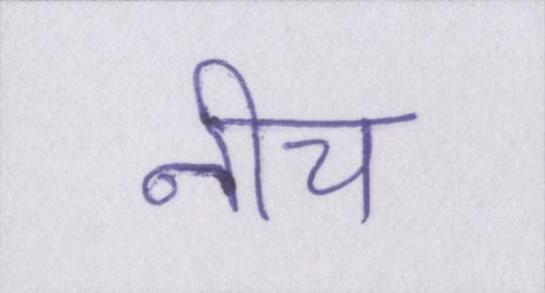
नीच